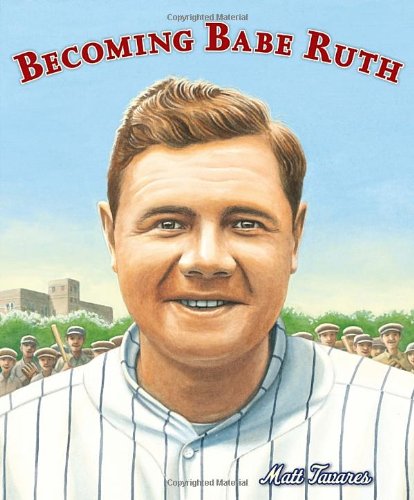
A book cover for Becoming Babe Ruth; Matt Tavares; Children's Books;